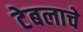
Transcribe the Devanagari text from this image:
टेबलाचे